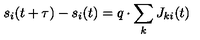
s _ { i } ( t + \tau ) - s _ { i } ( t ) = q \cdot \sum _ { k } J _ { k i } ( t )